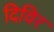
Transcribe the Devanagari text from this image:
दिविर